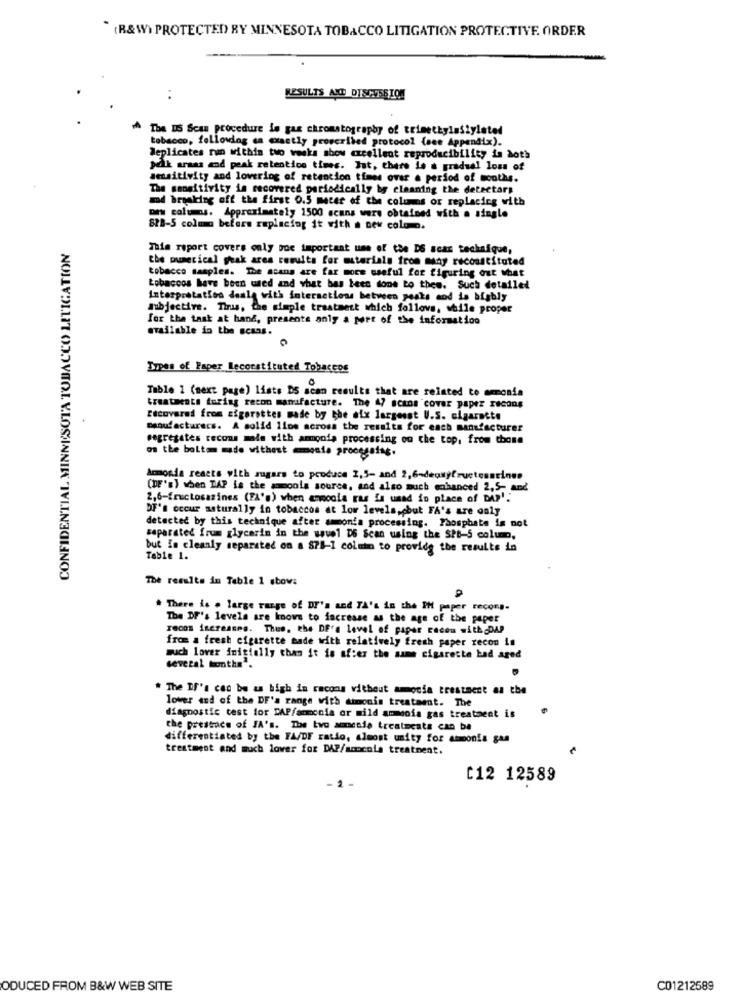
" (R&W) PROTECTED BY MINNESOTA TOBACCO LITIGATION PROTECTIVE. ORDER
..
RESULTS AND DISCUSSION
^ The DS Scan procedure ie gas chromatography of trimethylasiylated
tobacco, following en exactly proscribed protocol (see Appendix).
Replicates run within two weeks abow excellent reproducibility is both
polk araas and peak retention times. Jut, there is a gradual loss of
sensitivity and lowering of retention times over a period of months.
The smooitivity in recovered periodically by cleaning the detectars
md breaking off the first 0.5 macer of the columns or replacing with
prw columns. Approximately 1500 scans were obtained with a single
SPB-5 colma beters replacing it with a new colomo.
CONFIDENTIAL MINNESOTA TOBACCO LITIGATION
This report covers only boe important use of the DS scar technique,
the numerical peak ares results for materials from many reconstituted
tobacco samples. The scans are far more useful for figuring out what
tobaccos have been used and what has been done to thew. Such detailed
Interpretaties deals with interactions between peaks and is highly
Subjective. Thus, the simple treatment which follovs, while proper
for the task at hang, presente anly a part of the information
available in the #CA35.
Types of Paper lecorstituted Tobaccos
Table 1 (next page) lists DS scan results that are related to amonia
treatments turing recon manufacture. The 47 scans cover paper recons
recovered from cigarettes made by the ofx largesst U.S. cigarette
manufacturers. A solid llos across the results for each manufacturer
segregates recons male with ammooie processing on the top, from those
on the boltom made withest amosis processing.
Ammonda reacts with sugars to produce 2,5- and 2,6-dequifructosacines
(DE's) when LAP is the ammonia source, and also much enhanced 2,5- and
2,6-fructosazines (FA's) when ammoola ras is used in place of DA?'.
DF's occur asturally in tobaccos at low levels,pbut FA's are only
detected by this technique after amonia processing. Phosphate is not
separated frum glycerin in the wavel D6 Scan using the SPB-5 column,
but In cleanly separated on a 878-1 colmin to provide the results in
Table 1.
The results in Table 1 sbow:
* There is . large range of DI's and TA's in the PH paper recors.
The DF's levels are knows to increase as the age of the paper
recos increases. Thus, the DE's level of paper raceu with DAP
from a fresh cigarette made with relatively fresh paper recon in
much lower initially than it is after the same cigarette bad aged
several months'.
The Dr's can be as high in racons without amocia treatment as the
lower and of the DE's range with dimonis treataent. The
diagnostic test for DAP/ammonia or mild ammonia gas treatment is
the prestace of JA's. The tvo soneste treatments can be
differentiated by the FA/DF ratio, almost unity for ammonia gas
treatment and much lower for DAP/soocola treatment.
C12 12589
- 2
ODUCED FROM B&W WEB SITE
C01212589